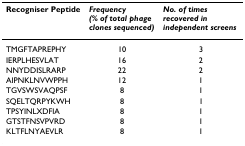
| Recogniser Peptide | Frequency (% of total phage clones sequenced) | No. of times recovered in independent screens |
 | --- | --- | --- |
 | TMGFTAPREPHY | 10 | 3 |
 | IERPLHESVLAT | 16 | 2 |
 | NNYDDISLRARP | 22 | 2 |
 | AIPNKLNVWPPH | 12 | 1 |
 | TGVSWSVAQPSF | 8 | 1 |
 | SQELTQRPYKWH | 8 | 1 |
 | TPSYINLXDFIA | 8 | 1 |
 | GTSTFNSVPVRD | 8 | 1 |
 | KLTFLNYAEVLR | 8 | 1 |